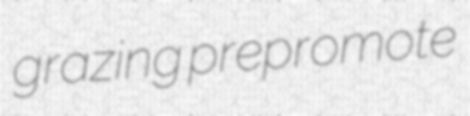
grazing prepromote